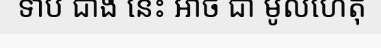
ទាប ជាង នេះ អាច ជា មូលហេតុ